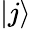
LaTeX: |j\rangle